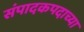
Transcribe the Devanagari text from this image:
संपादकपदाच्या